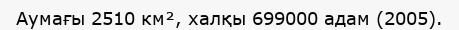
Аумағы 2510 км², халқы 699000 адам (2005).